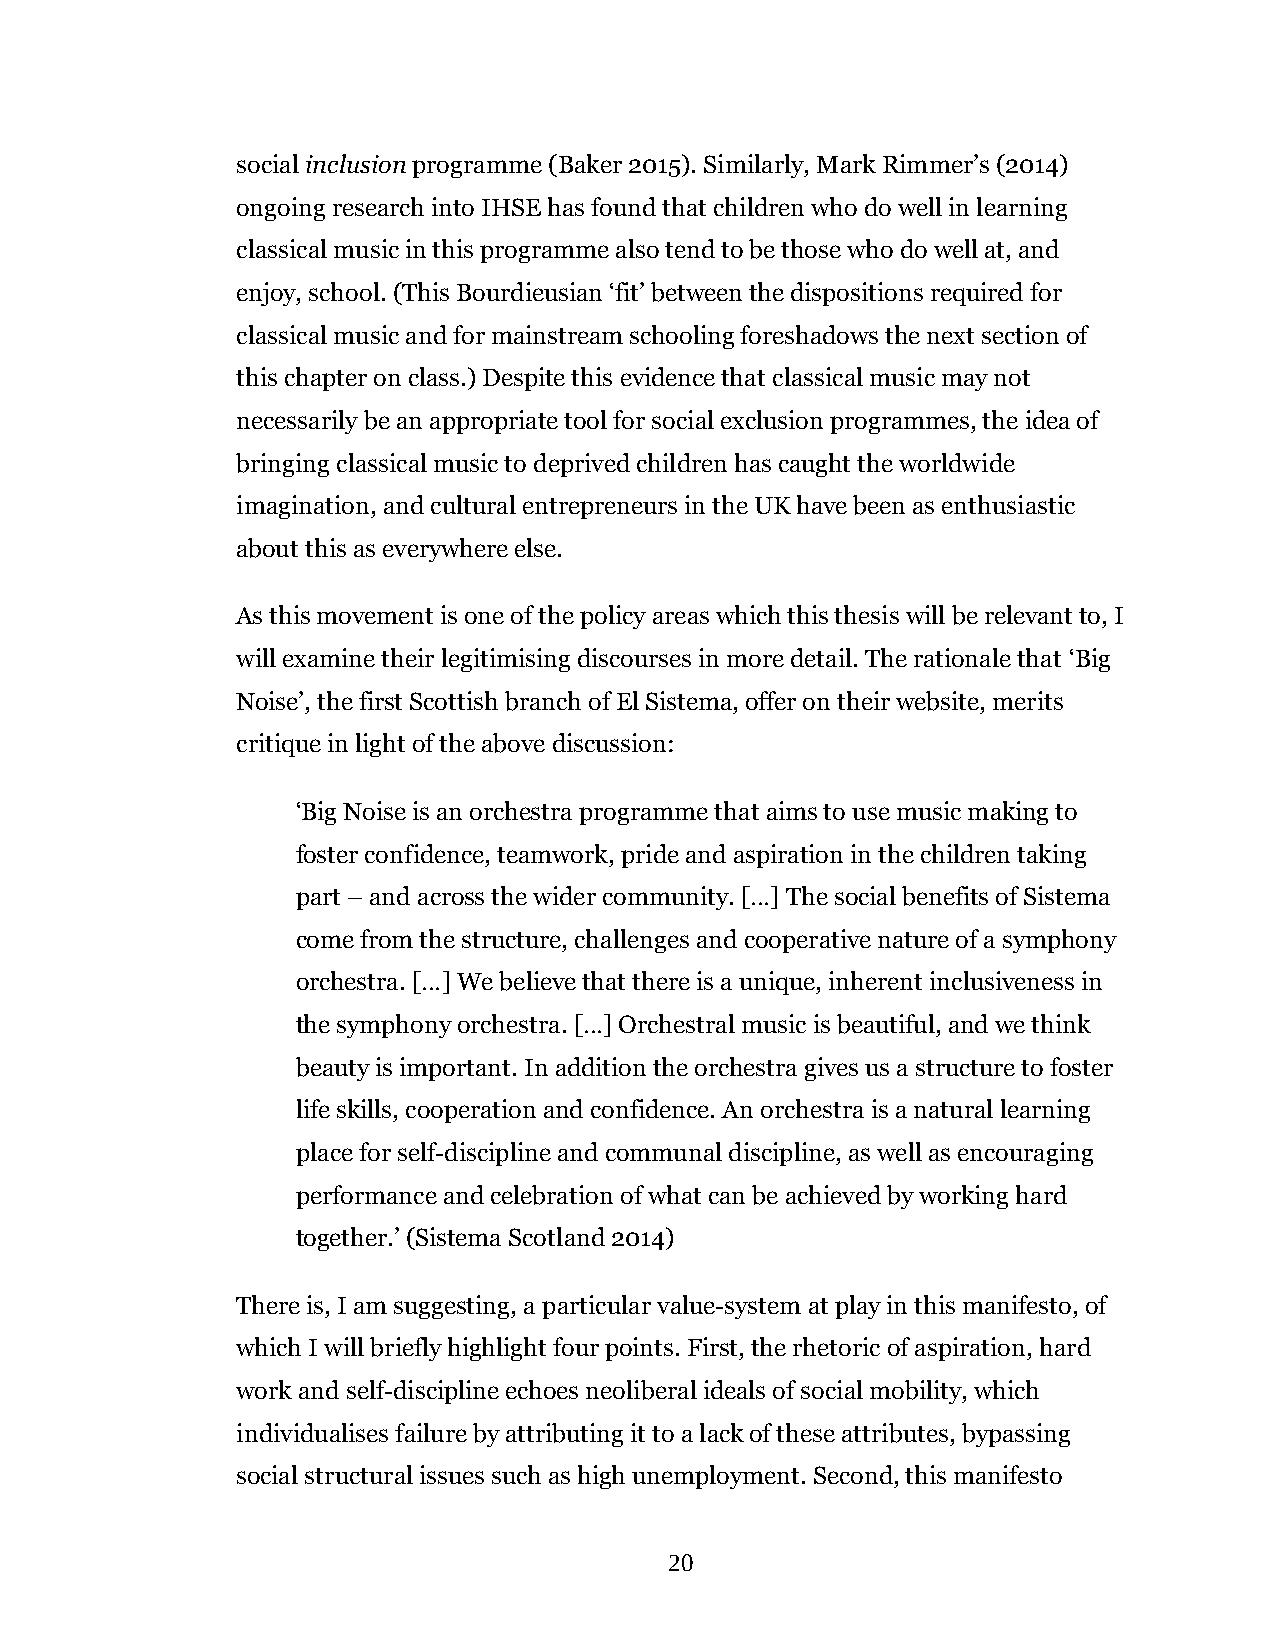
social inclusion programme (Baker 2015). Similarly, Mark Rimmer’s (2014)
 ongoing research into IHSE has found that children who do well in learning
 classical music in this programme also tend to be those who do well at, and
 enjoy, school. (This Bourdieusian ‘fit’ between the dispositions required for
 classical music and for mainstream schooling foreshadows the next section of
 this chapter on class.) Despite this evidence that classical music may not
 necessarily be an appropriate tool for social exclusion programmes, the idea of
 bringing classical music to deprived children has caught the worldwide
 imagination, and cultural entrepreneurs in the UK have been as enthusiastic
 about this as everywhere else.
 As this movement is one of the policy areas which this thesis will be relevant to, I
 will examine their legitimising discourses in more detail. The rationale that ‘Big
 Noise’, the first Scottish branch of El Sistema, offer on their website, merits
 critique in light of the above discussion:
 ‘Big Noise is an orchestra programme that aims to use music making to
 foster confidence, teamwork, pride and aspiration in the children taking
 part – and across the wider community. […] The social benefits of Sistema
 come from the structure, challenges and cooperative nature of a symphony
 orchestra. […] We believe that there is a unique, inherent inclusiveness in
 the symphony orchestra. […] Orchestral music is beautiful, and we think
 beauty is important. In addition the orchestra gives us a structure to foster
 life skills, cooperation and confidence. An orchestra is a natural learning
 place for self-discipline and communal discipline, as well as encouraging
 performance and celebration of what can be achieved by working hard
 together.’ (Sistema Scotland 2014)
 There is, I am suggesting, a particular value-system at play in this manifesto, of
 which I will briefly highlight four points. First, the rhetoric of aspiration, hard
 work and self-discipline echoes neoliberal ideals of social mobility, which
 individualises failure by attributing it to a lack of these attributes, bypassing
 social structural issues such as high unemployment. Second, this manifesto
 20